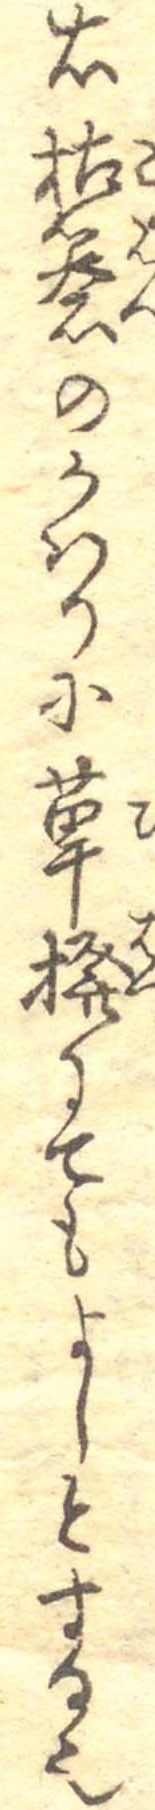
右枯礬のかはりに萆撥にてもよしとする也